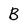
Character: B